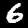
Digit: 6